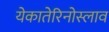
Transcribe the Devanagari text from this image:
येकातेरिनोस्लाव